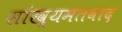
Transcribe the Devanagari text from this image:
सांख्यमतवाद